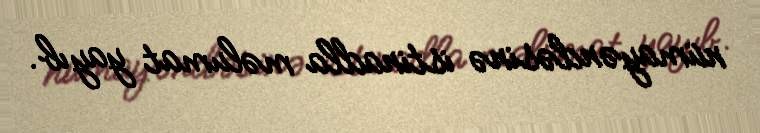
nümayəndəsinə istinadla məlumat yayıb.